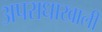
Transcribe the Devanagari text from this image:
अपराधाखाली